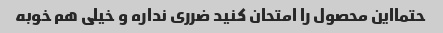
حتما‌این محصول را امتحان کنید ضرری نداره و خیلی هم خوبه